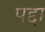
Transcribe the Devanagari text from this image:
पद्दा